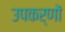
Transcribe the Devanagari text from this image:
उपकर्णों